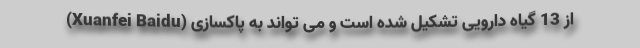
(Xuanfei Baidu) از 13 گیاه دارویی تشکیل شده است و می تواند به پاکسازی